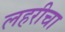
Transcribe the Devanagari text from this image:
लहरीचा